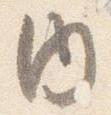
内